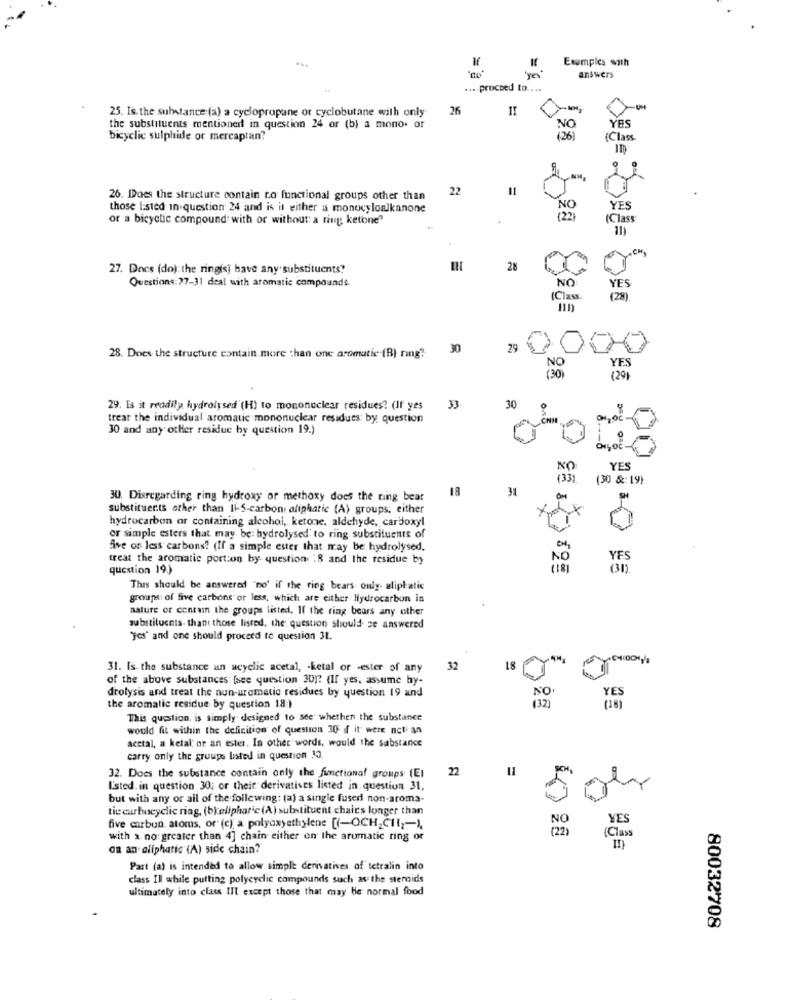
Examples with
'yes
answers
.... procbed to ....
25. Is. the substance (a) a cyclopropane or cyclobutane with only-
26
II
the substituents mentioned in question 24 or (b) a mono. or
NO
YES
bicyclic sulphide or mercaplan?
{Class
22
11
26. Does the structure contain ro functional groups other than
those listed in question 24 and is it either a monocyloalkanone
NO
YES
or a bicyclic compound with or without: a ring ketone"
122
(Class
=
CH
27. Docs (do): the ringis] have any substituents?
28
NO
YES
Questions: 27-31 deal with aromatic compounds
(Class
(28)
29
28. Does the structure contain more than one aromatic (B) ring?
NO
YES
(30)
30
29. Is it readily hydrolysed (H) to mononuclear residues? (If yes
33
treat the individual aromatic mononuclear residues: by question
OH, OC
30 and any other residue by question 19.)
---
YES
1339
(30 &: 19)
18
31
30. Disregarding ring hydroxy or methoxy does the ring bear
SH
substituer.ts other than 11-5-carbons aliphatic (A) groups; either
hydrocarbon or containing alcohol, ketone, aldehyde, carboxyl
or simple esters that may be: hydrolysed' to ring substituents of
Sve or less carbons? (If a simple ester that may be hydrolysed.
treat the aromatic portion by question :8 and the residue by
NO
YFS
question 19)
This should be answered 'no' if the ring bears only. aliphatic
groups: of five carbons or less, which are either Hydrocarbon in
nature or contain the groups listed, If the ring bears any other
substituents. than those listed, the question should se answered
"yes' and one should proceed to question 31.
31. Is the substance an acyclic acetal, - ketal or -ester of any
32
18
of the above substances (see question 30)? (If yes, assume by-
drolysis and treat the nun-aromatic residues by question 19 and
the aromatic residue by question 18 )
(18)
This question. is simply designed to see whether the substance
would fit within the definition of question 30 ff it were not an
acctal, a ketal or an ester. In other words, would the substance
carry only the groups listed in question 30.
22
SCH
32. Does the substance contain only the functional groups (El
Listed. in question 30; or their derivatives listed in. question 31.
but with any or all of the follewing: (a) a single fused non-aroma-
tic carbocyclic ring, (b)elipharic (A ) substituent chairs longer than
YES
five carbun atoms, or" (c) a polyoxyethylene [(-OCH,CHI ;- ),
with a no: greater than 4] chain either on the arumatic ring or
(Class
aa an aliphatic (A) side chain?
Part (a) is intended to allow simple derivatives of tetralin into
class Ill while putting polycyclic compounds such as the steroids
ultimately into class III except those that may be normal food
80032708